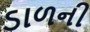
ડાળની